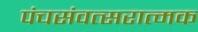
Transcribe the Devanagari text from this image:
पंचसंवत्सरात्मक